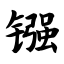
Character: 镪